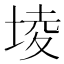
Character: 堎